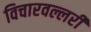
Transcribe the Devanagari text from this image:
विचारवल्लरी